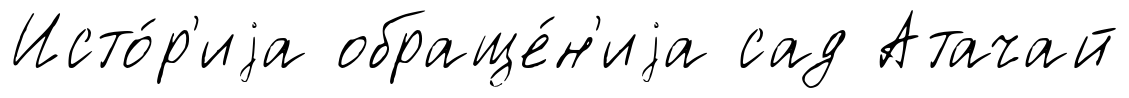
Исто́р'иjа обраще́н'иjа сад Атачай